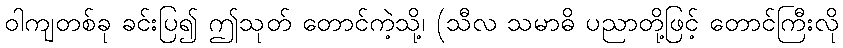
ဝါကျတစ်ခု ခင်းပြ၍ ဤသုတ် တောင်ကဲ့သို့၊ (သီလ သမာဓိ ပညာတို့ဖြင့် တောင်ကြီးလို